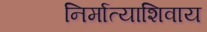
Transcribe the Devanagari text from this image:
निर्मात्याशिवाय